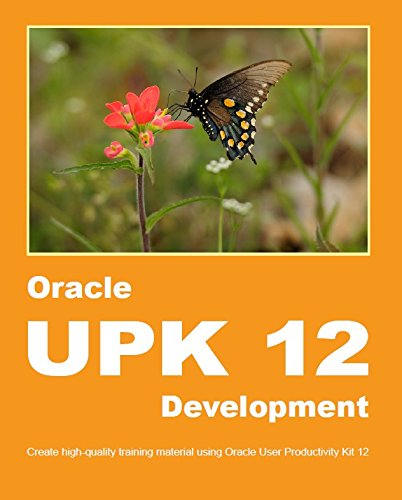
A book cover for Oracle UPK 12 Development: Create high-quality training material using Oracle User Productivity Kit 12; Dirk Manuel; Computers & Technology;